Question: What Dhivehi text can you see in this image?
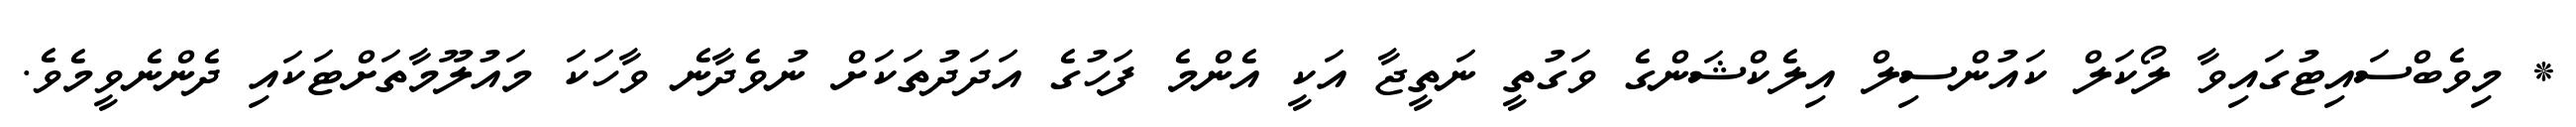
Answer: * މިވެބްސައިޓުގައިވާ ލޯކަލް ކައުންސިލް އިލެކްޝަންގެ ވަގުތީ ނަތީޖާ އަކީ އެންމެ ފަހުގެ އަދަދުތަކަށް ނުވެދާނެ ވާހަކަ މައުލޫމާތަށްޓަކައި ދެންނެވީމެވެ.